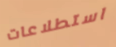
استطلاعات